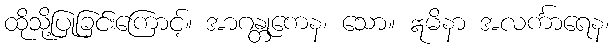
ထိုသို့ပြုခြင်းကြောင့်။ အာဂန္တုကေန၊ သော။ ဣမိနာ အလင်္ကာရေန၊